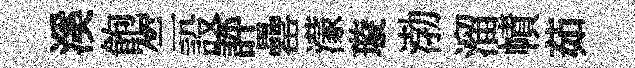
溪飽竺設評罍濛璇渤溜幘茹